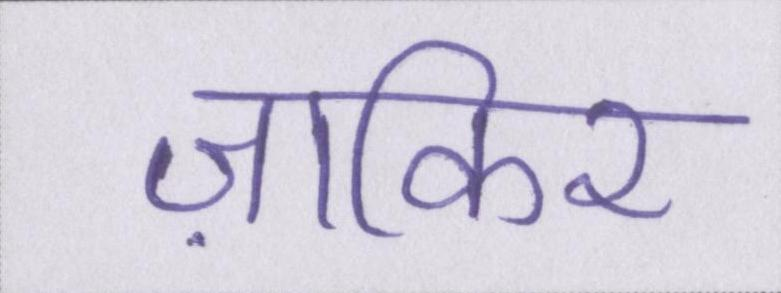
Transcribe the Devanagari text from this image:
ज़ाकिर